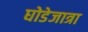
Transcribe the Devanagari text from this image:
घोडेजात्रा